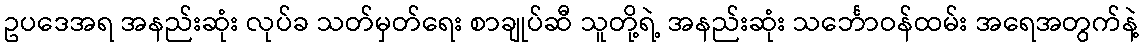
ဥပဒေအရ အနည်းဆုံး လုပ်ခ သတ်မှတ်ရေး စာချုပ်ဆီ သူတို့ရဲ့ အနည်းဆုံး သင်္ဘောဝန်ထမ်း အရေအတွက်နဲ့